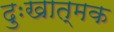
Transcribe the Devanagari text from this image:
दुःखात्मक